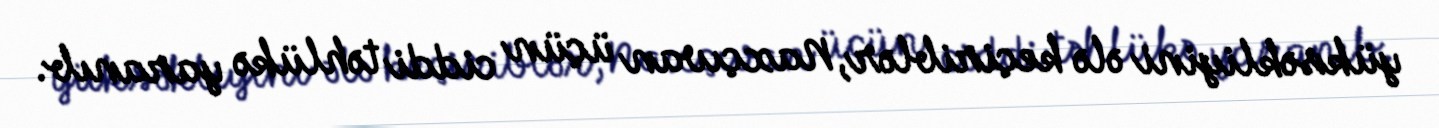
yüksəkliyini ələ keçiriblər, Naxçıvan üçün ciddi təhlükə yaranıb.